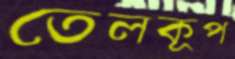
তেলকূপ